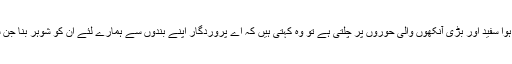
فرمایا جب پہلا دن آتا ہے تو جنت کے پتوں سے عرش کے نیچے ہوا سفید اور بڑی آنکھوں والی حوروں پر چلتی ہے تو وہ کہتی ہیں کہ اے پروردگار اپنے بندوں سے ہمارے لئے ان کو شوہر بنا جن سے ہماری آنکھیں ٹھنڈی ہوں اور ان کی آنکھیں ہم سے ٹھنڈی ہوں۔